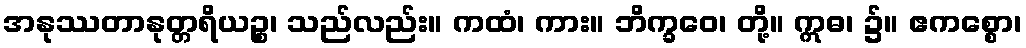
အနုဿတာနုတ္တရိယဉ္စ၊ သည်လည်း။ ကထံ၊ ကား။ ဘိက္ခဝေ၊ တို့။ ဣဓ၊ ၌။ ဧကစ္စော၊